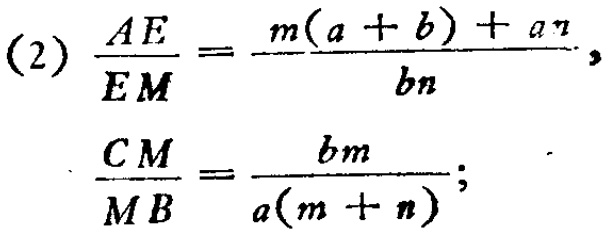
(2) \(\frac{AE}{EM}=\frac{m(a + b)+an}{bn}\),

\(\frac{CM}{MB}=\frac{bm}{a(m + n)}\);